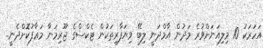
އަހަރަކު 10 މިލިއަނަށްވުރެ މަދުން އާމްދަނީ ލިބޭ ވިޔަފާރިތަކުން ޓެކްސްގެ ޖޫރިމަނާ މަޢާފުކޮށްދެނީ..